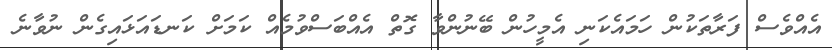
އެއްވެސް ފަރާތަކުން ހަމައެކަނި އެމީހުން ބޭނުންވާ ގޮތް އެއްބަސްވުމެއް ކަމަށް ކަނޑައަޅައިގެން ނުވާނެ